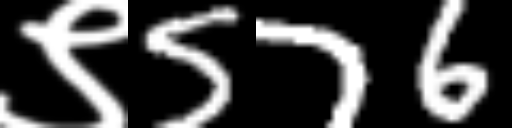
Text: ९576